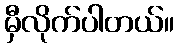
မှီလိုက်ပါတယ်။